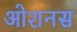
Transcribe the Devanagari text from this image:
ओशनस